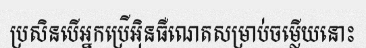
ប្រសិនបើអ្នកប្រើអ៊ិនធឺណេតសម្រាប់ចម្លើយនោះ